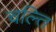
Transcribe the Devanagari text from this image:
चल्ति